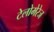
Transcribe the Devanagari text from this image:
टेलोमेरेज